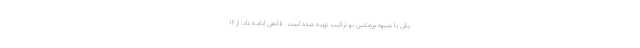
یکی با شیوه پروتئین نو ترکیب تهیه شده است. قانعی ادامه داد: از ۱۶